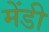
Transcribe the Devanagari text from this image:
मेंडी